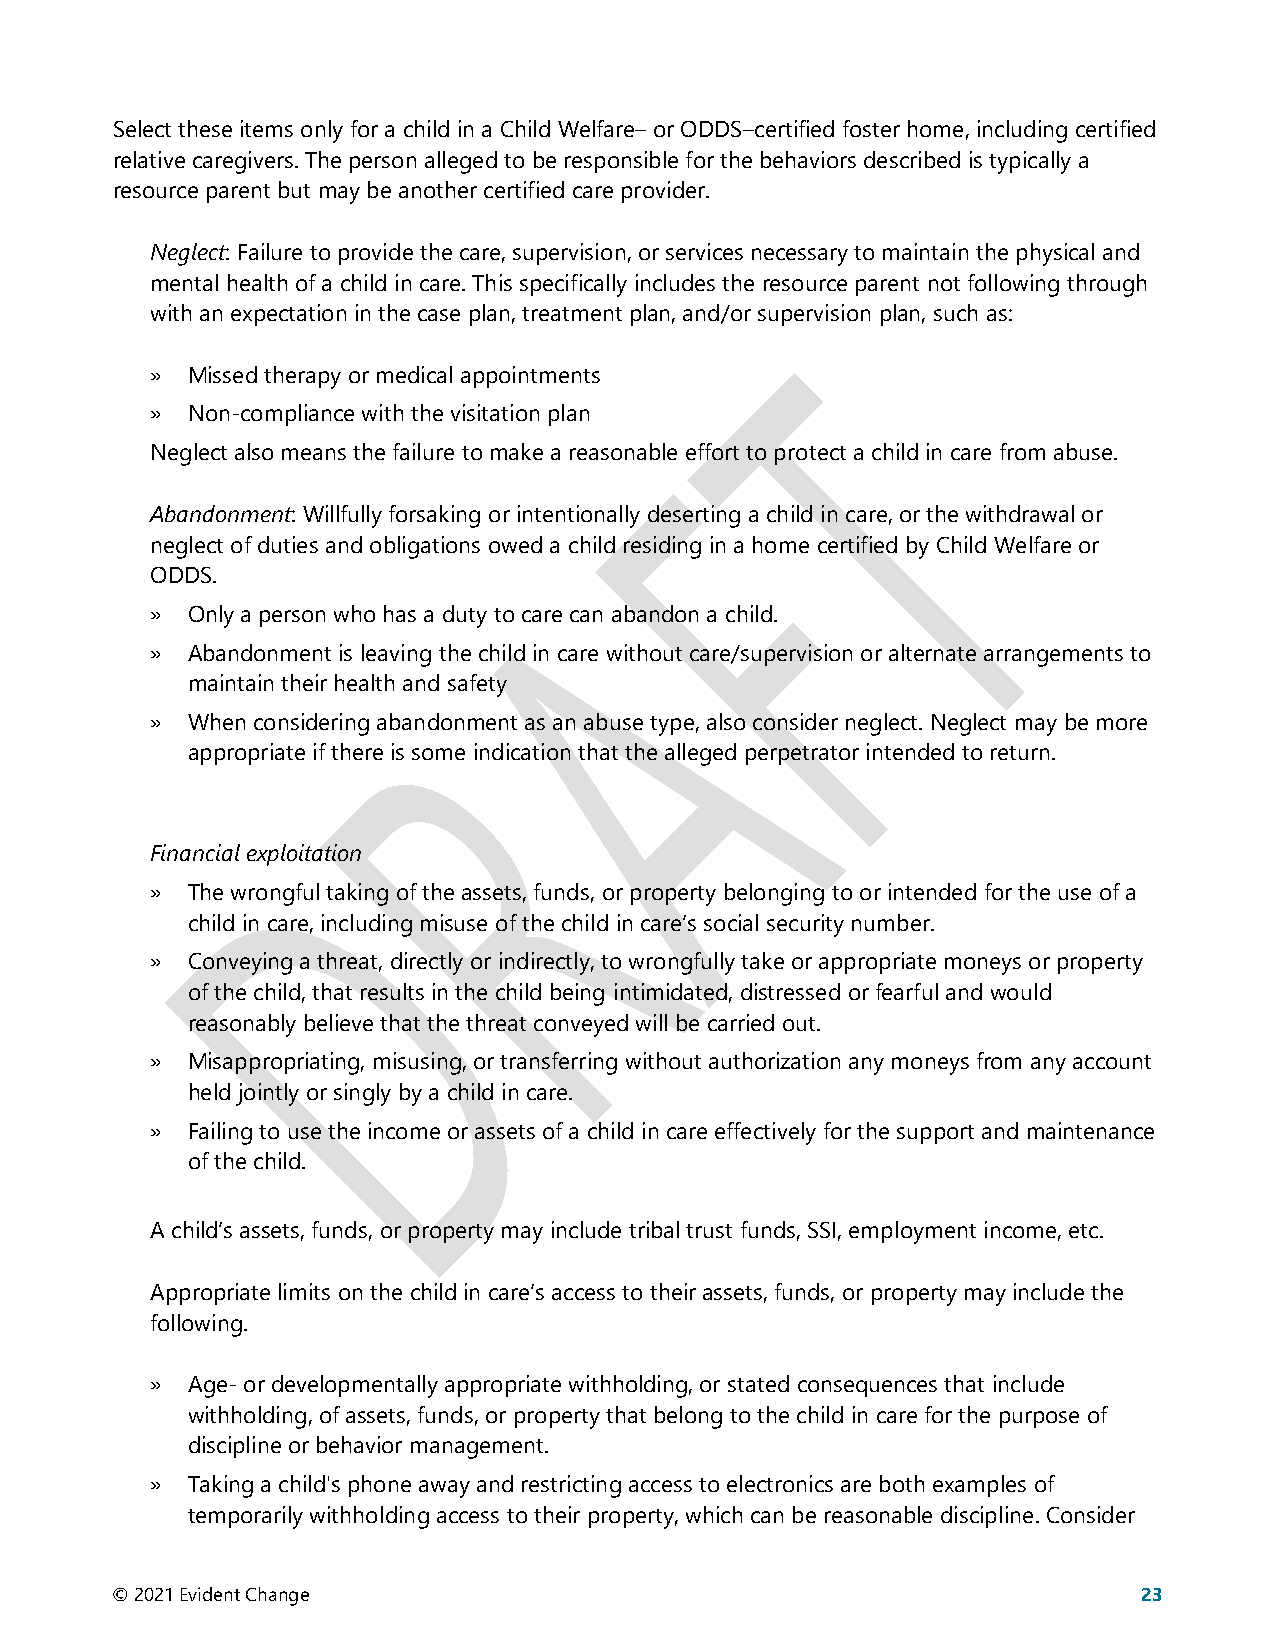
Select these items only for a child in a Child Welfare– or ODDS–certified foster home, including certified
 relative caregivers. The person alleged to be responsible for the behaviors described is typically a
 resource parent but may be another certified care provider.
 Neglect: Failure to provide the care, supervision, or services necessary to maintain the physical and
 mental health of a child in care. This specifically includes the resource parent not following through
 with an expectation in the case plan, treatment plan, and/or supervision plan, such as:
 » Missed therapy or medical appointments
 » Non-compliance with the visitation plan
 Neglect also means the failure to make a reasonable effort to protect a child in care from abuse.
 Abandonment: Willfully forsaking or intentionally deserting a child in care, or the withdrawal or
 neglect of duties and obligations owed a child residing in a home certified by Child Welfare or
 ODDS.
 » Only a person who has a duty to care can abandon a child.
 » Abandonment is leaving the child in care without care/supervision or alternate arrangements to
 maintain their health and safety
 » When considering abandonment as an abuse type, also consider neglect. Neglect may be more
 appropriate if there is some indication that the alleged perpetrator intended to return.
 Financial exploitation
 » The wrongful taking of the assets, funds, or property belonging to or intended for the use of a
 child in care, including misuse of the child in care’s social security number.
 » Conveying a threat, directly or indirectly, to wrongfully take or appropriate moneys or property
 of the child, that results in the child being intimidated, distressed or fearful and would
 reasonably believe that the threat conveyed will be carried out.
 » Misappropriating, misusing, or transferring without authorization any moneys from any account
 held jointly or singly by a child in care.
 » Failing to use the income or assets of a child in care effectively for the support and maintenance
 of the child.
 A child’s assets, funds, or property may include tribal trust funds, SSI, employment income, etc.
 Appropriate limits on the child in care’s access to their assets, funds, or property may include the
 following.
 » Age- or developmentally appropriate withholding, or stated consequences that include
 withholding, of assets, funds, or property that belong to the child in care for the purpose of
 discipline or behavior management.
 » Taking a child's phone away and restricting access to electronics are both examples of
 temporarily withholding access to their property, which can be reasonable discipline. Consider
 © 2021 Evident Change                                                23